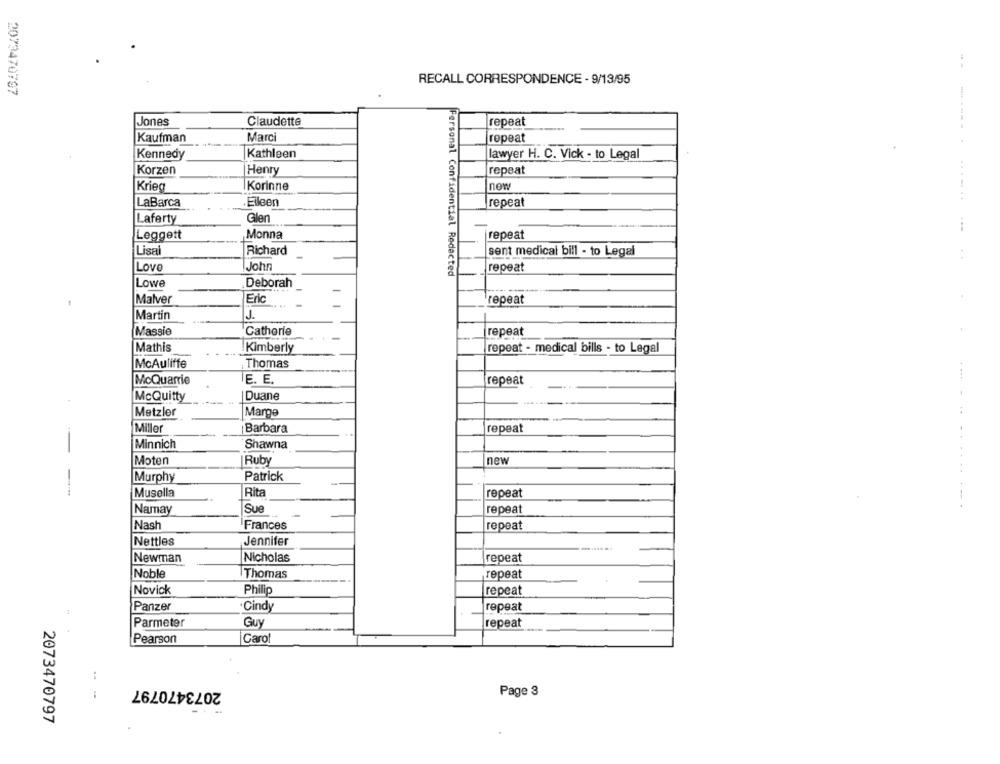
RECALL CORRESPONDENCE - 9/13/95
2073470797
Jones
Claudette
repeat
Kaufman
Marci
repeat
Kathleen
Kennedy
lawyer H. C. Vick - to Legal
Korzen
Henry
repeat
Krieg
Korinne
now
......
LaBarca
Eileen
repeat
Laferty
Glen
Leggett
Monna
repeat
Lisa
Richard
sent medical bill - to Legal
Love
John
repeat
Personal Confidential Redacted
Lowe
Deborah
Eric
Malver
repeat
Martin
J.
Massie
Cathorie
repeat
Mathis
Kimberly
repeat - medical bills - to Legal
McAuliffe
Thomas
McQuarrie
IE. E.
repeat
McQuitty
Duane
Metzler
Marge
Miller
Barbara
repeat
Minnich
Shawna
Moten
Ruby
new
Murphy
Patrick
Musella
Rita
repeat
Namay
Sue
repeat
Nash
Frances
repeat
Nettles
Jennifer
Newman
Nicholas
repeat
Thomas
repeat
Noble
Novick
Philip
repeat
Panzer
·Cindy
repeat
H
Parmeter
Guy
repeat
Pearson
Carol
..
2073470797
Page 3
2073470797